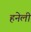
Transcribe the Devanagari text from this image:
हनेली